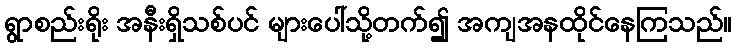
ရွာစည်းရိုး အနီးရှိသစ်ပင် များပေါ်သို့တက်၍ အကျအနထိုင်နေကြသည်။